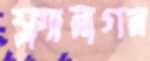
ফ্ল্যানাগন